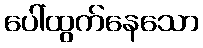
ပေါ်ထွက်နေသော